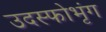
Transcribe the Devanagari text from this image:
उदस्फोभृंग